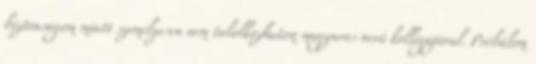
biztonságom miatt személyesen nem találkozhatom magyaros nevű kollégájával. Próbálom